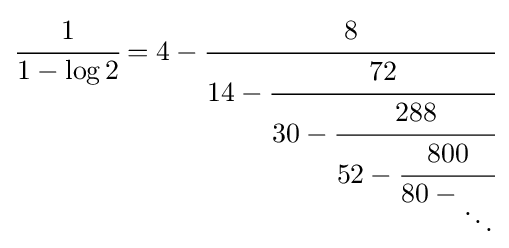
{\cfrac {1}{1-\log 2}}=4-{\cfrac {8}{14-{\cfrac {72}{30-{\cfrac {288}{52-{\cfrac {800}{80-{_{\ddots }}}}}}}}}}